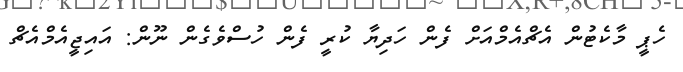
ހެޕީ މާކެޓުން އެޗްއެމްއަށް ފެން ހަދިޔާ ކުރީ ފެން ހުސްވެގެން ނޫން: އައިޖީއެމްއެޗް